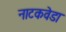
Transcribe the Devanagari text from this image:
नाटकवेडा